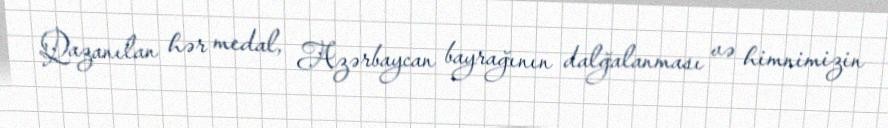
Qazanılan hər medal, Azərbaycan bayrağının dalğalanması və himnimizin